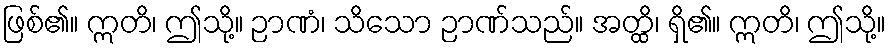
ဖြစ်၏။ ဣတိ၊ ဤသို့။ ဉာဏံ၊ သိသော ဉာဏ်သည်။ အတ္ထိ၊ ရှိ၏။ ဣတိ၊ ဤသို့။